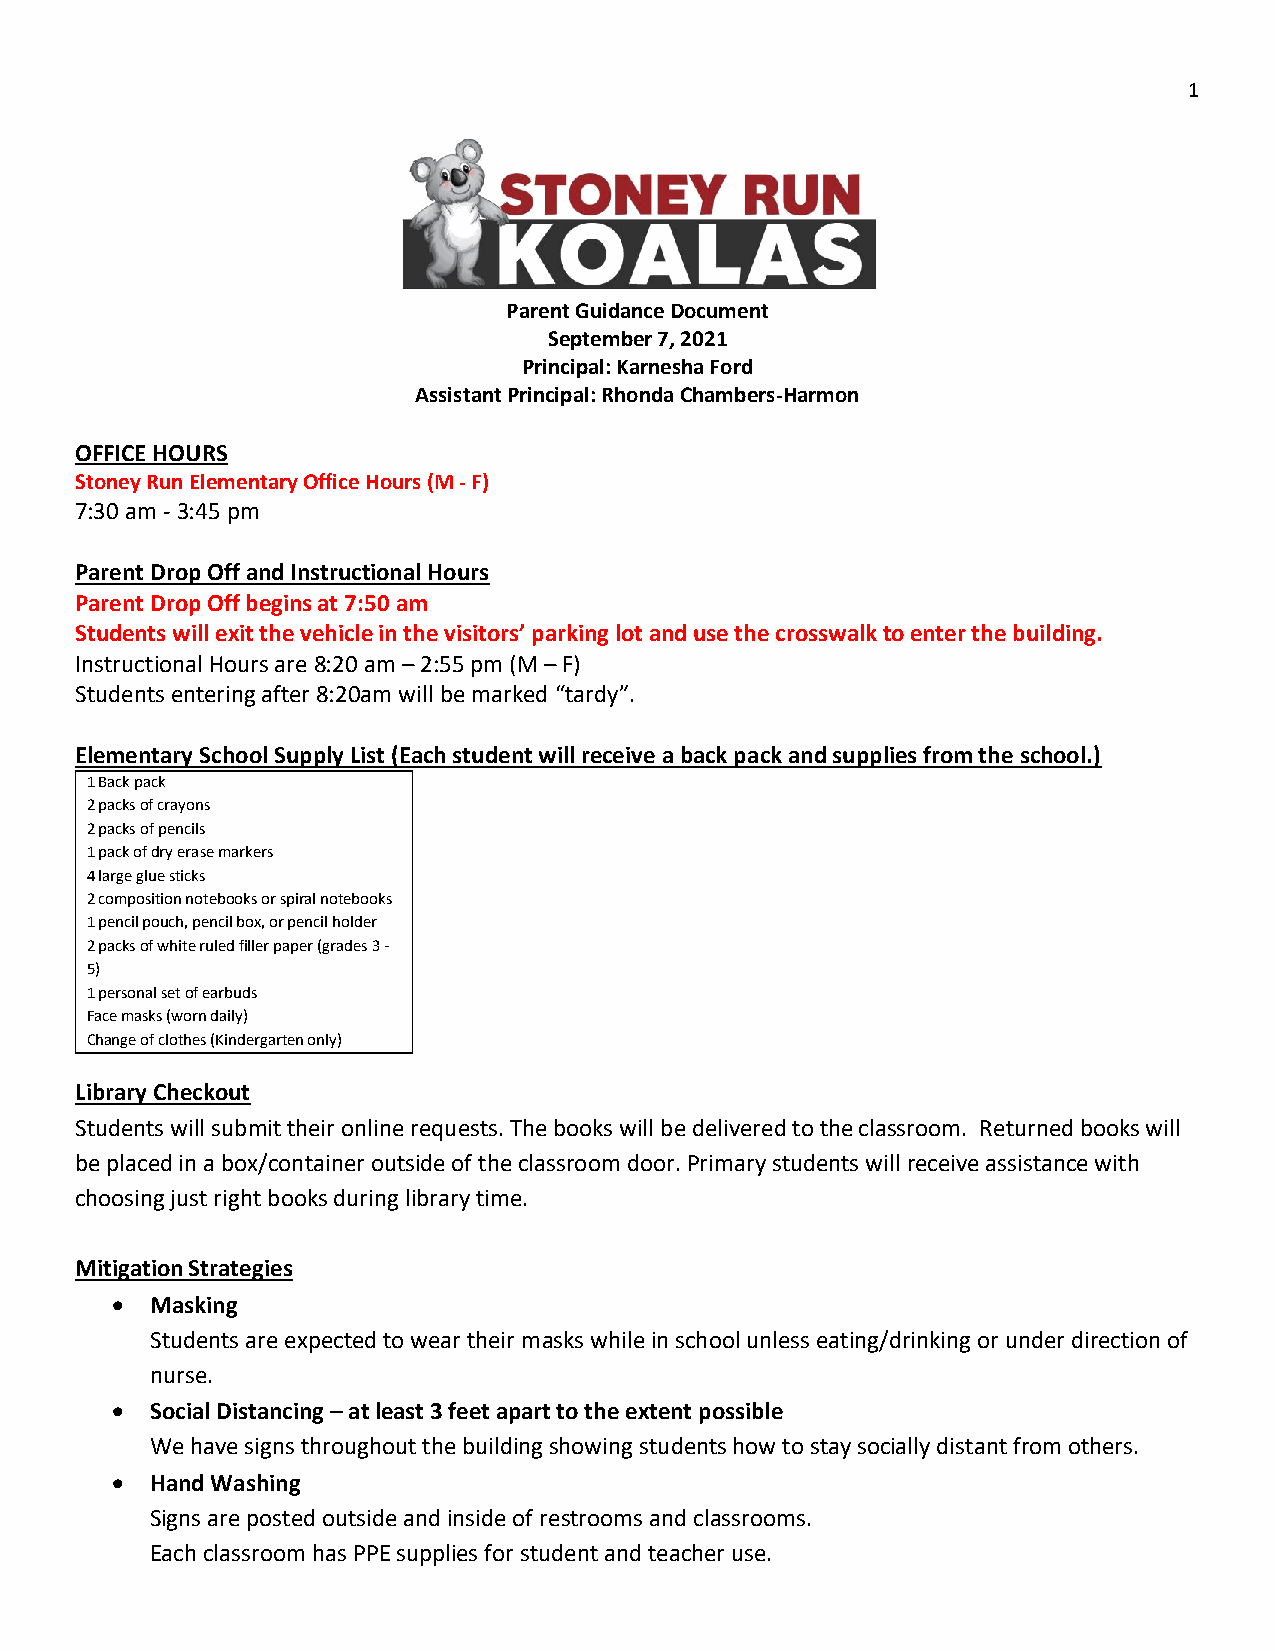
1
 Parent Guidance Document
 September 7, 2021
 Principal: Karnesha Ford
 Assistant Principal: Rhonda Chambers-Harmon
 OFFICE HOURS
 Stoney Run Elementary Office Hours (M - F)
 7:30 am - 3:45 pm
 Parent Drop Off and Instructional Hours
 Parent Drop Off begins at 7:50 am
 Students will exit the vehicle in the visitors’ parking lot and use the crosswalk to enter the building.
 Instructional Hours are 8:20 am – 2:55 pm (M – F)
 Students entering after 8:20am will be marked “tardy”.
 Elementary School Supply List (Each student will receive a back pack and supplies from the school.)
 1 Back pack
 2 packs of crayons
 2 packs of pencils
 1 pack of dry erase markers
 4 large glue sticks
 2 composition notebooks or spiral notebooks
 1 pencil pouch, pencil box, or pencil holder
 2 packs of white ruled filler paper (grades 3 -
 5)
 1 personal set of earbuds
 Face masks (worn daily)
 Change of clothes (Kindergarten only)
 Library Checkout
 Students will submit their online requests. The books will be delivered to the classroom. Returned books will
 be placed in a box/container outside of the classroom door. Primary students will receive assistance with
 choosing just right books during library time.
 Mitigation Strategies
   Masking
 Students are expected to wear their masks while in school unless eating/drinking or under direction of
 nurse.
   Social Distancing – at least 3 feet apart to the extent possible
 We have signs throughout the building showing students how to stay socially distant from others.
   Hand Washing
 Signs are posted outside and inside of restrooms and classrooms.
 Each classroom has PPE supplies for student and teacher use.